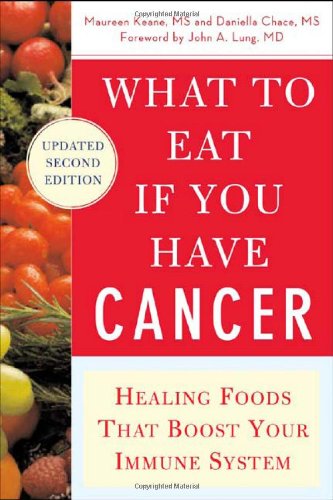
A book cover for What to Eat if You Have Cancer (revised): Healing Foods that Boost Your Immune System; Maureen Keane; Cookbooks, Food & Wine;